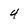
Character: 4